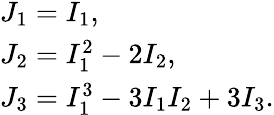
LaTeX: \begin{array}{l}{J_{1}=I_{1},}\\ {J_{2}=I_{1}^{2}-2I_{2},}\\ {J_{3}=I_{1}^{3}-3I_{1}I_{2}+3I_{3}.}\end{array}